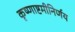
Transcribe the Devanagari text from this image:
कृष्णाष्टमीनिर्णय